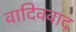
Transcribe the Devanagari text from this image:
वादिववाद